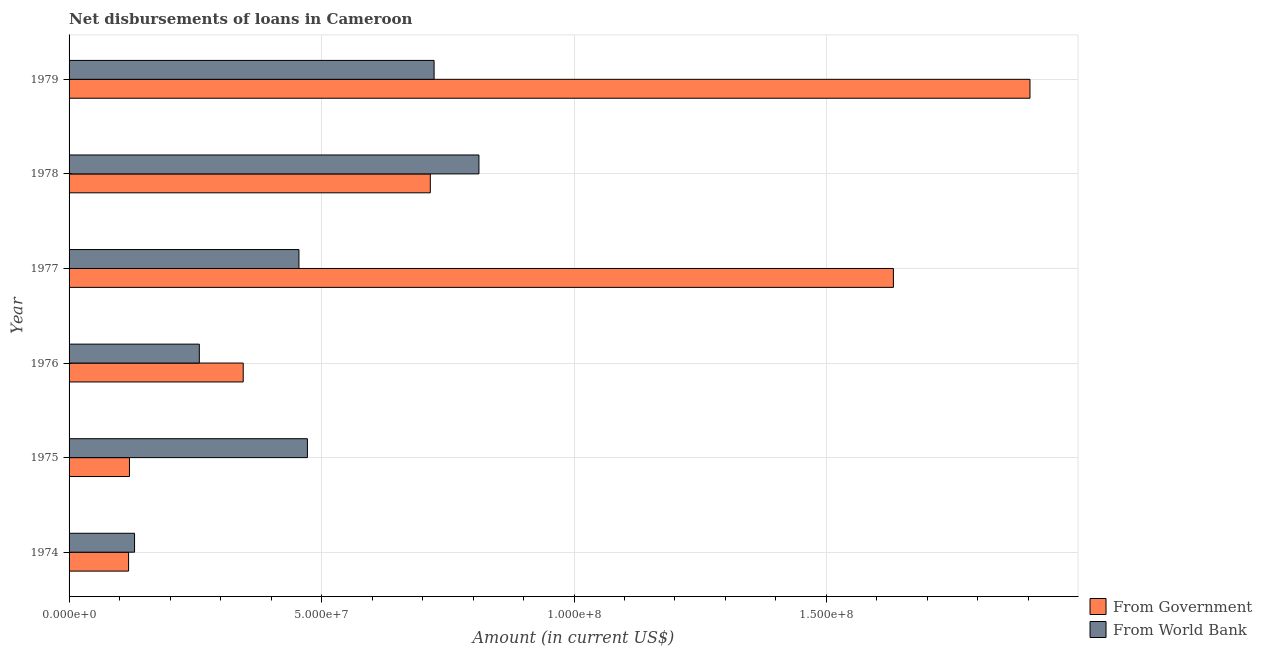
| Year | From Government | From World Bank |
 | --- | --- | --- |
 | 1974 | 1.18e+07 | 1.3e+07 |
 | 1975 | 1.2e+07 | 4.72e+07 |
 | 1976 | 3.45e+07 | 2.58e+07 |
 | 1977 | 1.63e+08 | 4.55e+07 |
 | 1978 | 7.15e+07 | 8.12e+07 |
 | 1979 | 1.9e+08 | 7.23e+07 |